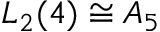
L _ { 2 } ( 4 ) \cong A _ { 5 }